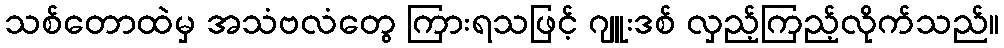
သစ်တောထဲမှ အသံဗလံတွေ ကြားရသဖြင့် ဂျူးဒစ် လှည့်ကြည့်လိုက်သည်။